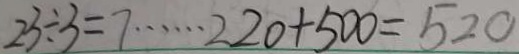
2 3 \div 3 = 7 \cdots 2 2 0 + 5 0 0 = 5 2 0